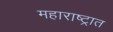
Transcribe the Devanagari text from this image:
महाराष्‍ट्रात